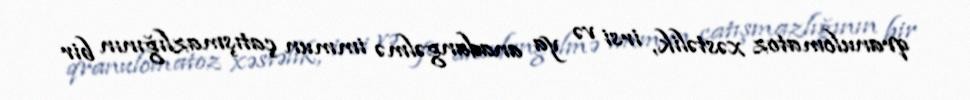
qranulomatoz xəstəlik, irsi və ya anadangəlmə immun çatışmazlığının bir